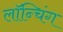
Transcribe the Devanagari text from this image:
लाॅन्चिंग